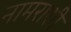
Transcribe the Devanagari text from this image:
नामराशी